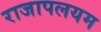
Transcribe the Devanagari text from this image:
राजापलयम